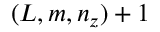
( L , m , n _ { z } ) + 1